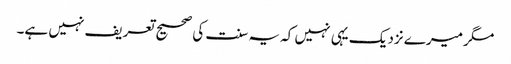
مگر میرے نزدیک یہی نہیں کہ یہ سنت کی صحیح تعریف نہیں ہے۔